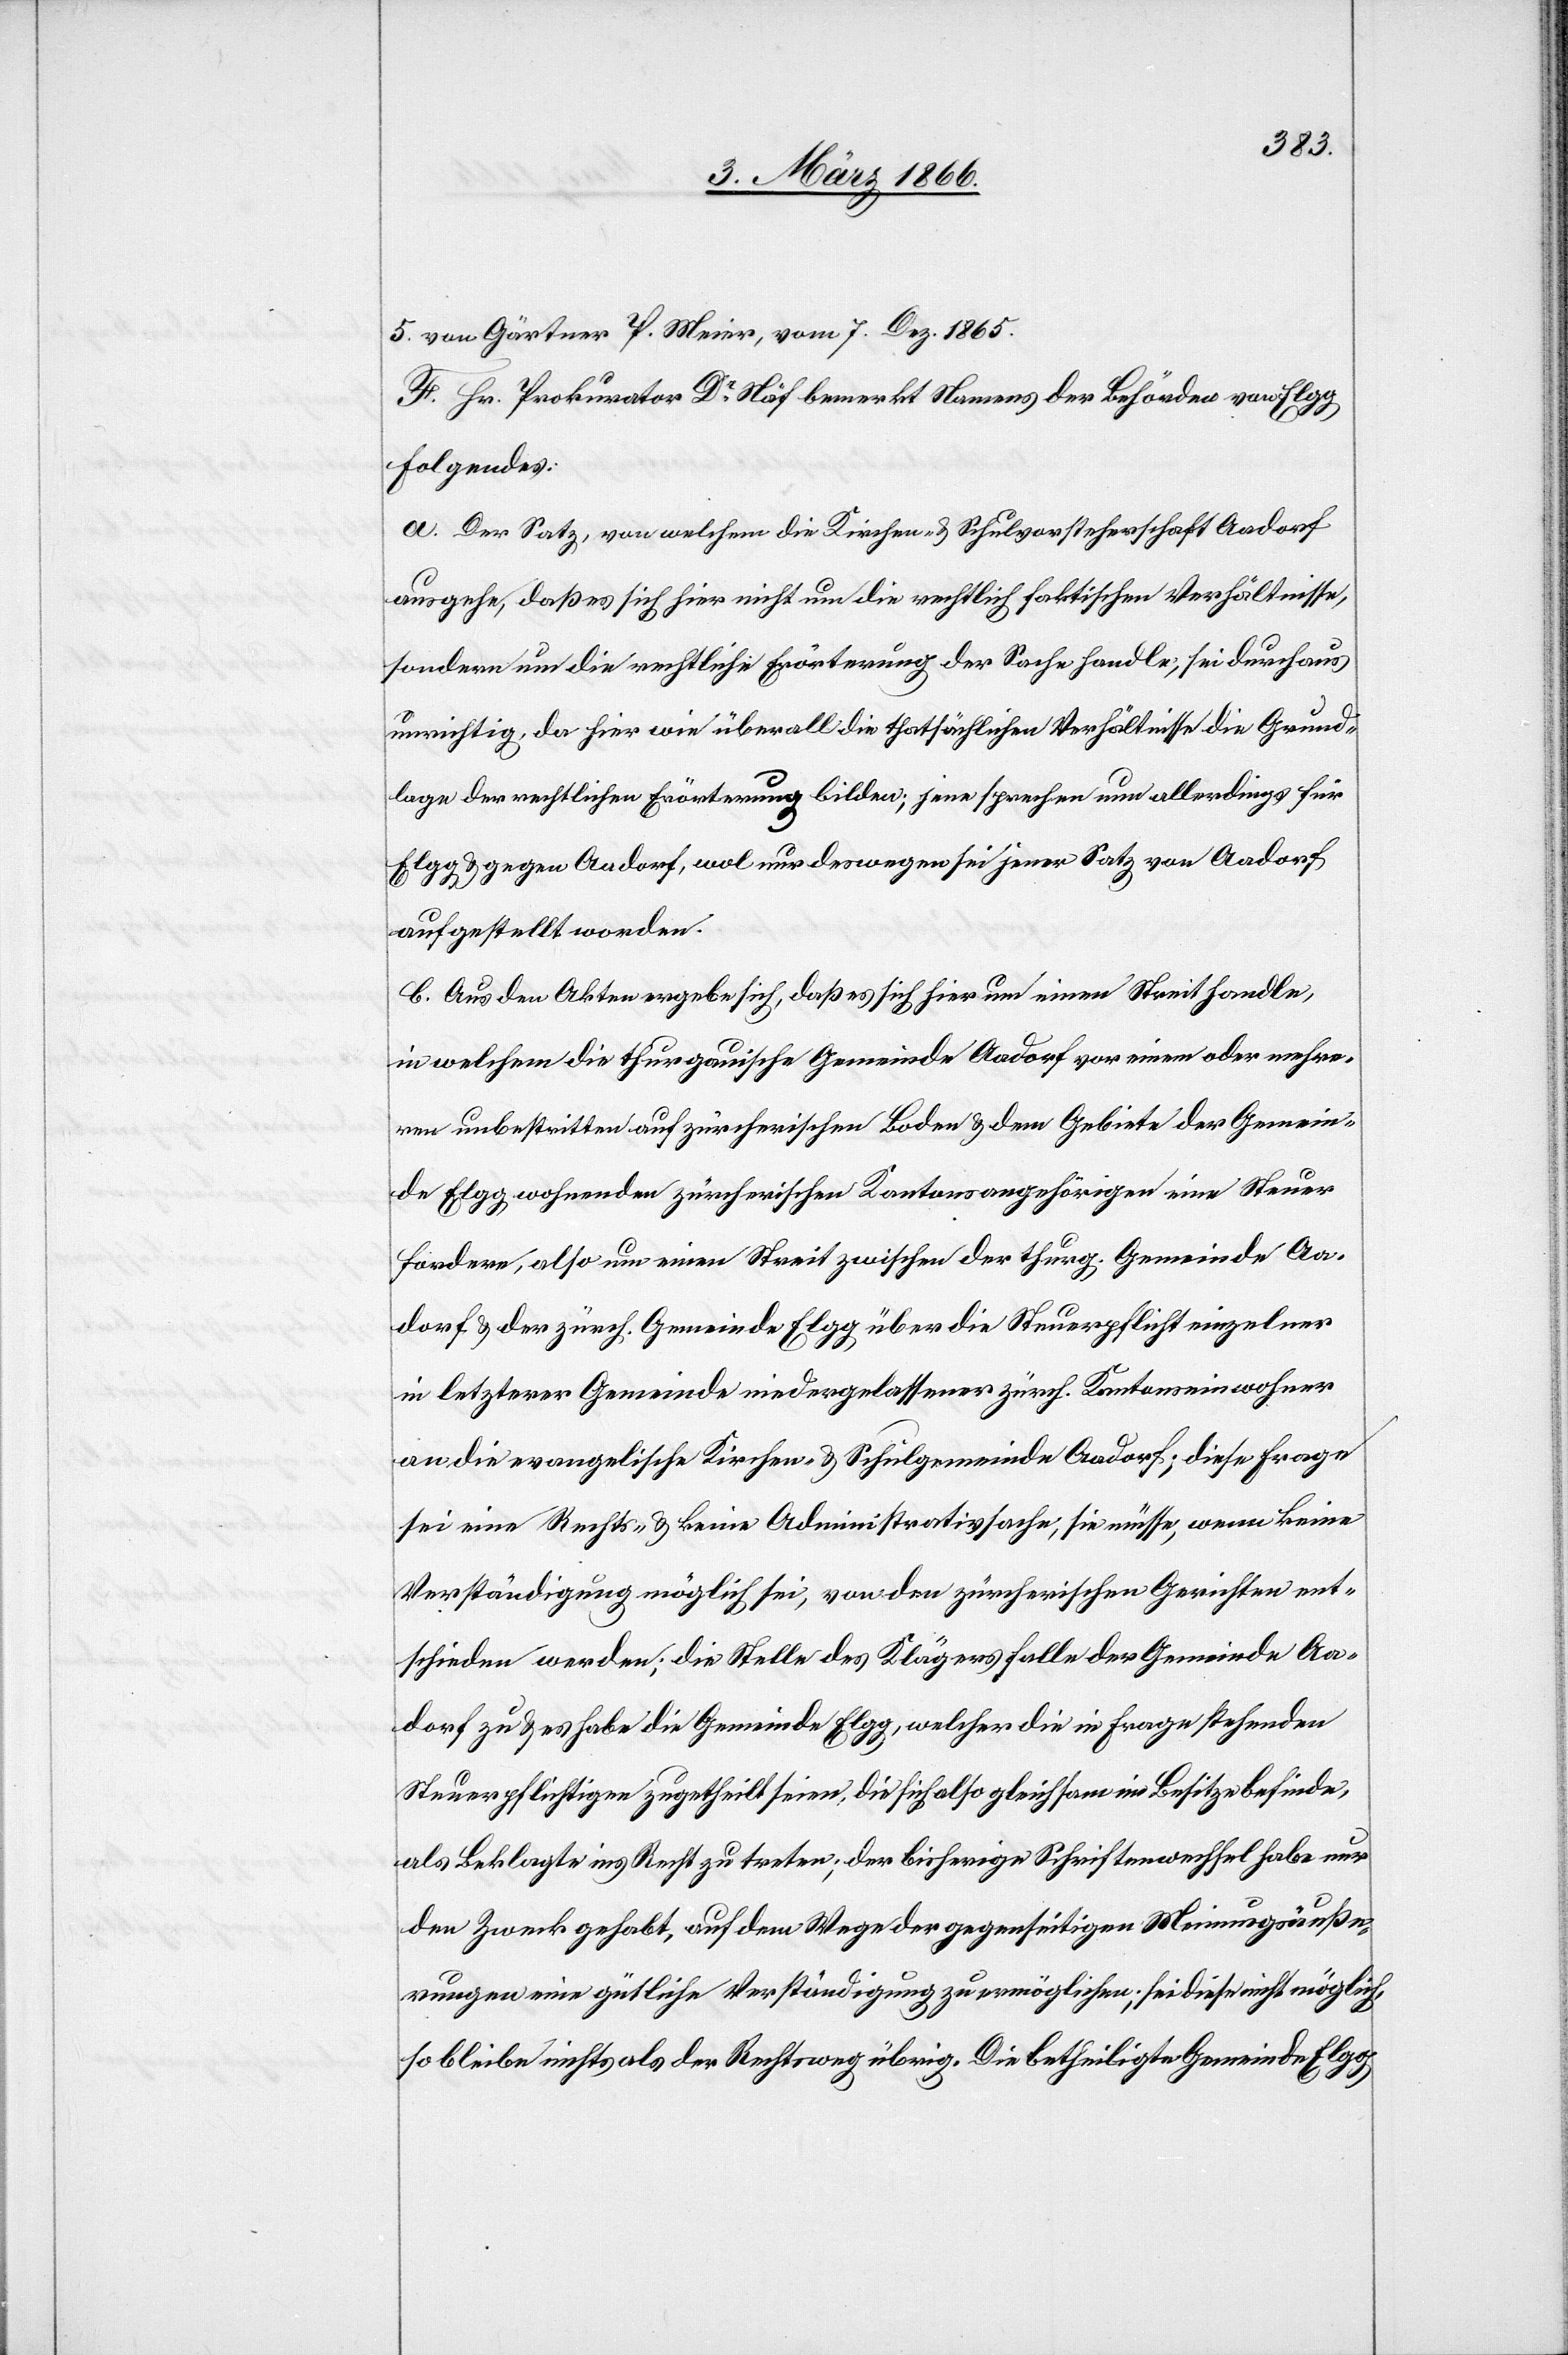
Gemein¬
5. von Gärtner P. Meier, vom 7. Dez. 1865.
F. Hr. Prokurator Dr. Näf bemerkt Namens der Behörden von Elgg
Folgendes:
a. Der Satz, von welchem die Kirchen- u. Schulvorsteherschaft Aadorf
ausgehe, daß es sich hier nicht um die rechtlich faktischen Verhältnisse,
sondern um die rechtliche Erörterung der Sache handle, sei durchaus
unrichtig, da hier wie überall die thatsächlichen Verhältnisse die Grund¬
lage der rechtlichen Erörterung bilden; jene sprechen nun allerdings für
Elgg u. gegen Aadorf, wol nur deswegen sei jener Satz von Aadorf
aufgestellt worden.
b. Aus den Akten ergebe sich, daß es sich um einen Streit handle,
in welchem die thurgauische Gemeinde Aadorf vor einem oder mehre¬
ren unbestritten auf zürcherischen [recte: zürcherischem] Boden
de Elgg wohnenden zürcherischen Kantonsangehörigen eine Steuer
fordere, also um einen Streit zwischen der thurg. Gemeinde Aa¬
dorf u. der zürch. Gemeinde Elgg über die Steuerpflicht einzelner
in letzterer Gemeinde niedergelassener zürch. Kantonseinwohner
an die evangelische Kirchen- u. Schulgemeinde Aadorf; diese Frage
sei eine Rechts- u. keine Administrativsache, sie müsse, wenn keine
Verständigung möglich sei, von den zürcherischen Gerichten ent¬
schieden werden; die Stelle des Klägers falle der Gemeinde Aa¬
dorf zu u. es habe die Gemeinde Elgg, welcher die in Frage stehenden
Steuerpflichtigen zugetheilt seien, die sich also gleichsam im Besitz befinde,
als Beklagte ins Recht zu treten; der bisherige Schriftenwechsel habe nur
den Zweck gehabt, auf dem Wege der gegenseitigen Meinungsäuße¬
rungen eine gütliche Verständigung zu ermöglichen; sei diese nicht möglich,
so bleibe nichts als der Rechtsweg übrig. Die betheiligte Gemeinde Elgg